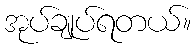
အုပ်ချုပ်ရတယ်။